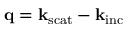
\mathbf { q } = \mathbf { k } _ { \mathrm { s c a t } } - \mathbf { k } _ { \mathrm { i n c } }